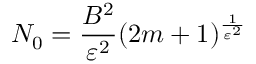
N _ { 0 } = \frac { B ^ { 2 } } { \varepsilon ^ { 2 } } ( 2 m + 1 ) ^ { \frac { 1 } { \varepsilon ^ { 2 } } }